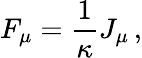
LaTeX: F_{\mu}={\frac{1}{\kappa}}J_{\mu}\, ,